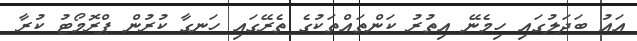
އައު ބަދަލުގައި ހިމެނޭ އިތުރު ކަންތައްތަކުގެ ތެރޭގައި ހަނގާ ކުރުން ޕްރޮމޯޓު ކުރާ